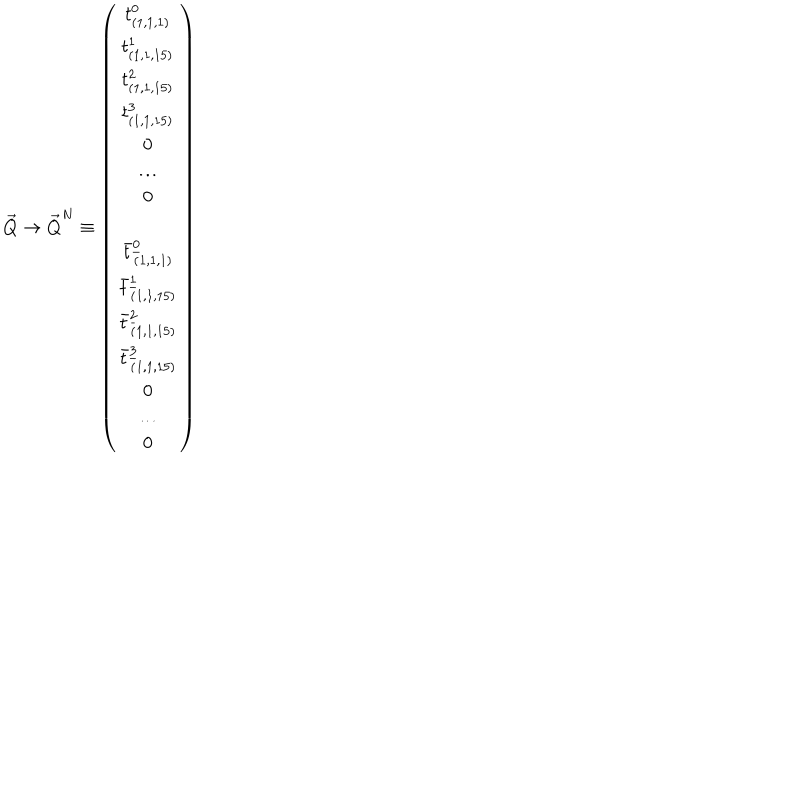
LaTeX: { \vec { Q } } \rightarrow { \vec { Q } } ^ { N } \equiv \left( \begin{matrix} { { t _ { ( 1 , 1 , 1 ) } ^ { 0 } } } \\ { { t _ { ( 1 , 1 , 1 5 ) } ^ { 1 } } } \\ { { t _ { ( 1 , 1 , 1 5 ) } ^ { 2 } } } \\ { { t _ { ( 1 , 1 , 1 5 ) } ^ { 3 } } } \\ { { 0 } } \\ { { \dots } } \\ { { 0 } } \\ { { { \bar { t } } _ { { \bar { ( } 1 , 1 , 1 ) } } ^ { 0 } } } \\ { { { \bar { t } } _ { { \bar { ( } 1 , 1 , 1 5 ) } } ^ { 1 } } } \\ { { { \bar { t } } _ { { \bar { ( } 1 , 1 , 1 5 ) } } ^ { 2 } } } \\ { { { \bar { t } } _ { { \bar { ( } 1 , 1 , 1 5 ) } } ^ { 3 } } } \\ { { 0 } } \\ { { \dots } } \\ { { 0 } } \\ \end{matrix} \right)